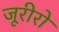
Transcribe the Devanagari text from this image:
जूरीरो